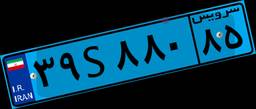
۳۹S۸۸۰۸۵